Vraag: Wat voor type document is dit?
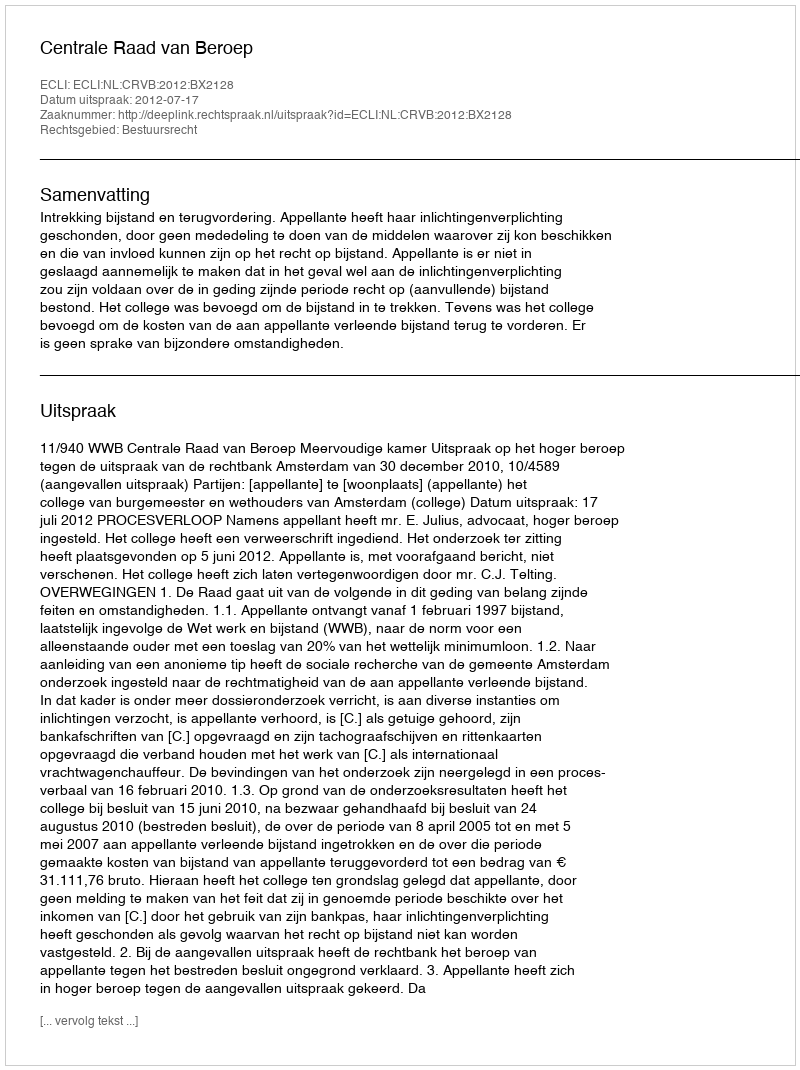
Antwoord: Uitspraak